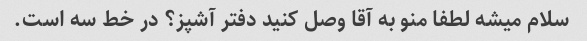
سلام میشه لطفا منو به آقا وصل کنید دفتر آشپز؟ در خط سه است.